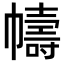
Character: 幬